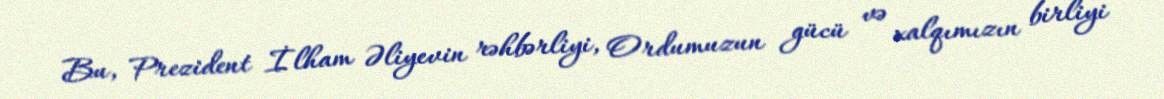
Bu, Prezident İlham Əliyevin rəhbərliyi, Ordumuzun gücü və xalqımızın birliyi